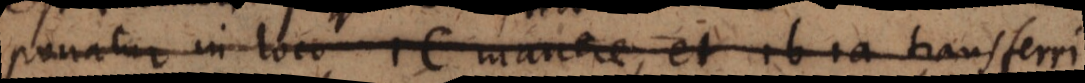
ponatur in loco 1c manere, et 1b1a transferri